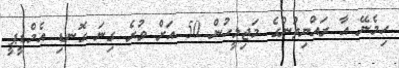
ހިމެނޭ އާ ރައްޔިތުންގެ މަޖިލީހުން 50 އަށް ވުރެ ގިނަ ގޮނޑި އެމްޑީޕީ